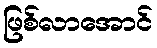
ဖြစ်လာအောင်